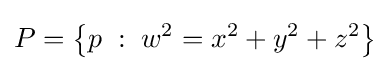
P=\left\{p\;:\;w^{2}=x^{2}+y^{2}+z^{2}\right\}